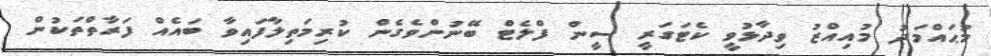
މުޙައްމަދު މުއިއްޒު ވިދާޅުވީ ކެޓަގަރީ ސީން ފްލެޓް ބޭނުންވެގެން ކުރިމަތިލާފައިވާ ބައެއް ފަރާތްތަކުން